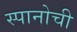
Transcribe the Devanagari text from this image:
स्पानोची